65_HS1-834228961_62-HQ-83894_Section_4
Agency: FBI
Page 196
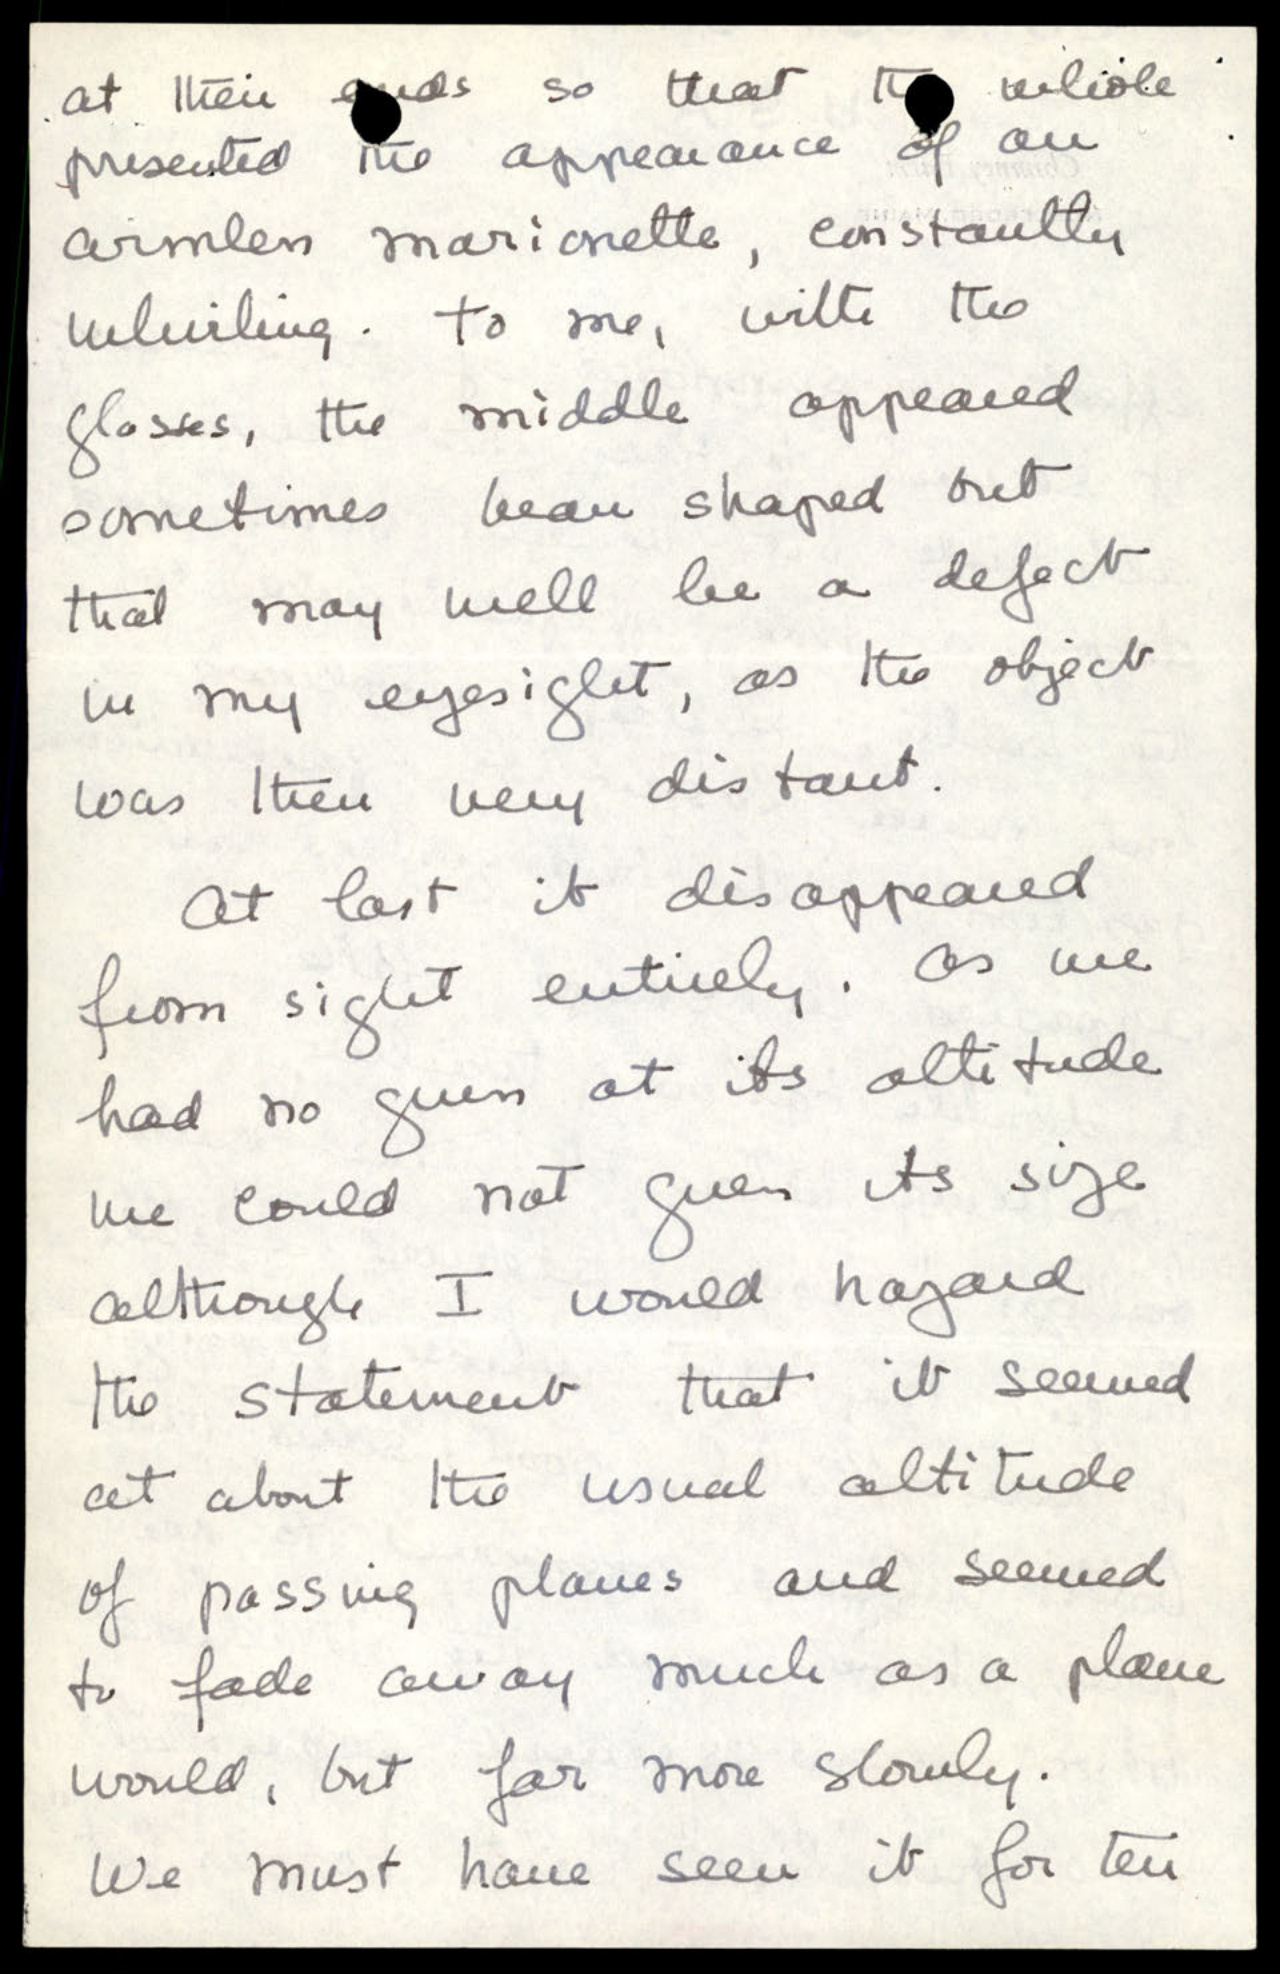